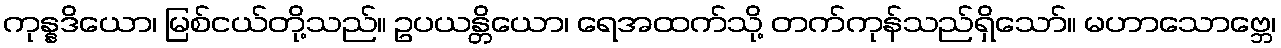
ကုန္နဒိယော၊ မြစ်ငယ်တို့သည်။ ဥပယန္တိယော၊ ရေအထက်သို့ တက်ကုန်သည်ရှိသော်။ မဟာသောဗ္ဘေ၊